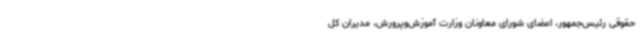
حقوقی رئیس‌جمهور، اعضای شورای معاونان وزارت آموزش‌وپرورش، مدیران کل